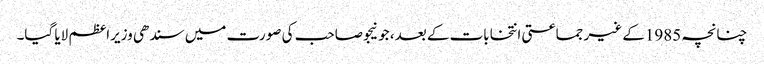
چنانچہ 1985کے غیر جماعتی انتخابات کے بعد، جونیجو صاحب کی صورت میں سندھی وزیراعظم لایا گیا۔